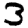
Digit: 3